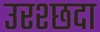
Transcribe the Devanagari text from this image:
उरश्छदा